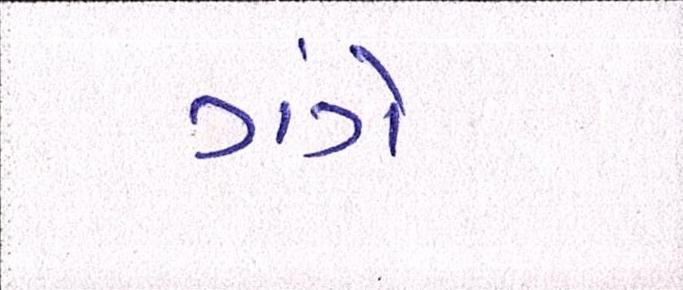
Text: ગંગે